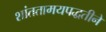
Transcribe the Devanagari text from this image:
शांततामयपद्धतीने